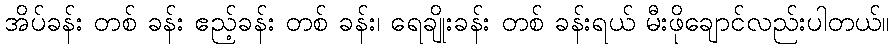
အိပ်ခန်း တစ် ခန်း ဧည့်ခန်း တစ် ခန်း၊ ရေချိုးခန်း တစ် ခန်းရယ် မီးဖိုချောင်လည်းပါတယ်။